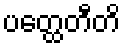
ပတ္ထေတီတိ